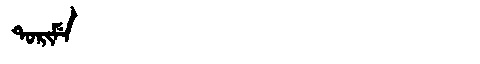
Manchu: ᡨᠣᡵᡳᠮᡝ
Romanization: TORIME